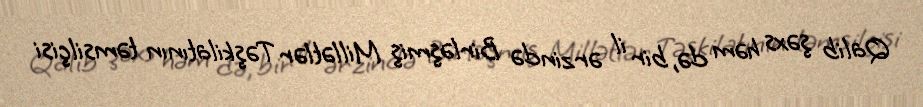
Qalib şəxs həm də, bir il ərzində Birləşmiş Millətlər Təşkilatının təmsilçisi